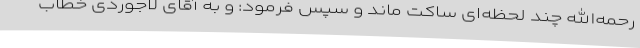
رحمه‌الله چند لحظه‌ای ساکت ماند و سپس فرمود: و به آقای لاجوردی خطاب